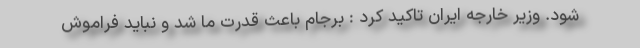
شود. وزیر خارجه ایران تاکید کرد : برجام باعث قدرت ما شد و نباید فراموش